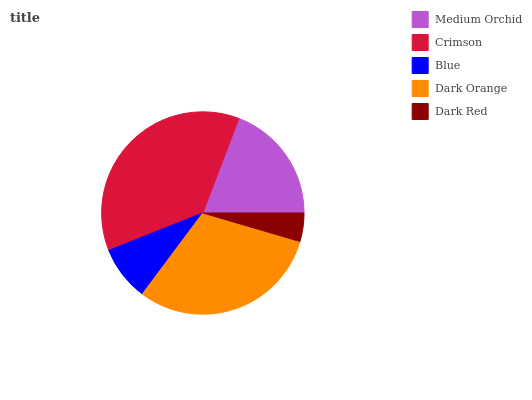
| Medium Orchid | Crimson | Blue | Dark Orange | Dark Red |
 | --- | --- | --- | --- | --- |
 | 19.2% | 36.7% | 8.77% | 30.7% | 4.53% |